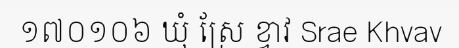
១៧០១០៦ ឃុំ ស្រែ ខ្វាវ Srae Khvav